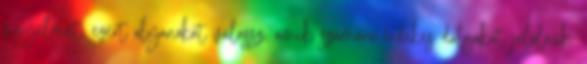
figyelmét, ezért olyanokat válassz, amik számára érdekes dolgokat jelölnek.